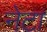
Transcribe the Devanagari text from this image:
नेटा